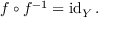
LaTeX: f \circ f ^ { - 1 } = \operatorname { i d } _ { Y } .